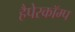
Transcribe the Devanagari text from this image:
हैपेरकॉम्प